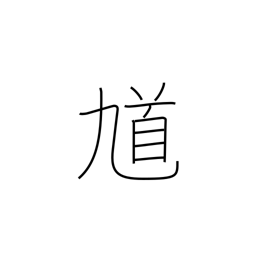
Meaning: road